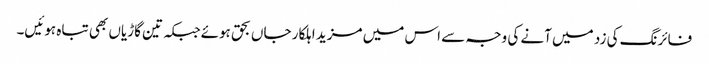
فائرنگ کی زد میں آنے کی وجہ سے اس میں مزید اہلکار جاں بحق ہوئےجبکہ تین گاڑیاں بھی تباہ ہوئیں۔